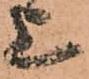
上